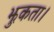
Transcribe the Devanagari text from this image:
झुकता।